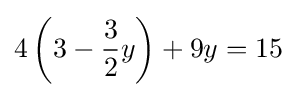
4\left(3-{\frac {3}{2}}y\right)+9y=15